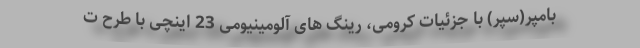
بامپر(سپر) با جزئیات کرومی، رینگ های آلومینیومی 23 اینچی با طرح ت